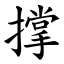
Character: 撑